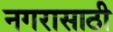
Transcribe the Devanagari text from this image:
नगरासाठी